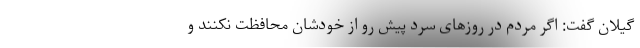
گیلان گفت: اگر مردم در روزهای سرد پیش رو از خودشان محافظت نکنند و